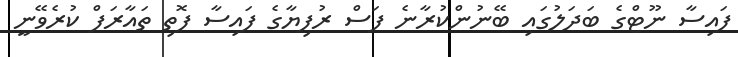
ފައިސާ ނޫޓްގެ ބަދަލުގައި ބޭނުންކުރާނެ ފަސް ރުފިޔާގެ ފައިސާ ފޮތި ތައާރަފް ކުރެވޭނީ